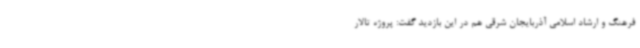
فرهنگ و ارشاد اسلامی آذربایجان‌ شرقی هم در این بازدید گفت: پروژه تالار